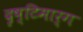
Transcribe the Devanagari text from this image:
दृष्टिमार्ग